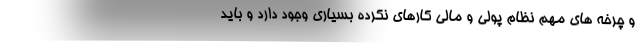
و چرخه های مهم نظام پولی و مالی کارهای نکرده بسیاری وجود دارد و باید